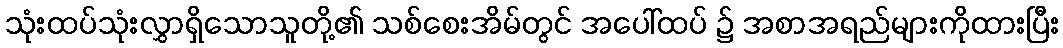
သုံးထပ်သုံးလွှာရှိသောသူတို့၏ သစ်စေးအိမ်တွင် အပေါ်ထပ် ၌ အစာအရည်များကိုထားပြီး